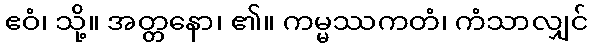
ဧဝံ၊ သို့။ အတ္တနော၊ ၏။ ကမ္မဿကတံ၊ ကံသာလျှင်